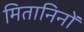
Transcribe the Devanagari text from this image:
मितानिनों